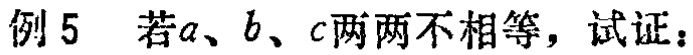
例 5 若\(a、b、c\)两两不相等，试证：